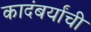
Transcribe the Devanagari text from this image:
कादंबर्यांची